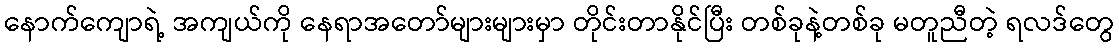
နောက်ကျောရဲ့ အကျယ်ကို နေရာအတော်များများမှာ တိုင်းတာနိုင်ပြီး တစ်ခုနဲ့တစ်ခု မတူညီတဲ့ ရလဒ်တွေ